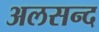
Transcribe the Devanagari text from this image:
अलसन्द